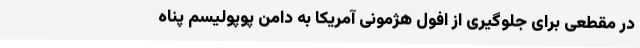
در مقطعی برای جلوگیری از افول هژمونی آمریکا به دامن پوپولیسم پناه